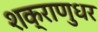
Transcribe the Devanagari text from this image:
शक्राणुधर